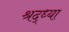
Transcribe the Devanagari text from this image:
श्रद्ध्या